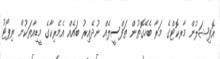
އޮފިޝަލުން މާރކޮޓްގެ މަރާ ބެހޭގޮތުން ތަފްސީލެއް ނުދޭއިރު ބައެއް އެމެރިކާގެ މީޑިއާތަކުން ރިޕޯޓު